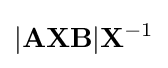
|\mathbf {AXB} |\mathbf {X} ^{-1}